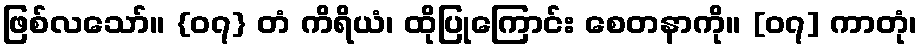
ဖြစ်လသော်။ {၀၇} တံ ကိရိယံ၊ ထိုပြုကြောင်း စေတနာကို။ [၀၇] ကာတုံ၊